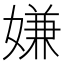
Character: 嫌